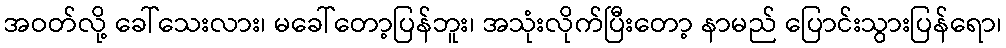
အဝတ်လို့ ခေါ်သေးလား၊ မခေါ်တော့ပြန်ဘူး၊ အသုံးလိုက်ပြီးတော့ နာမည် ပြောင်းသွားပြန်ရော၊